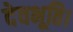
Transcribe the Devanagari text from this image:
देवभूति।